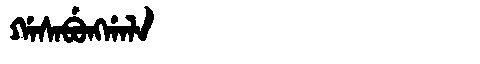
Manchu: ᡤᠠᠰᠠᠪᡠᠩᡤᠠᠯᠠ
Romanization: GASABUNGGALA